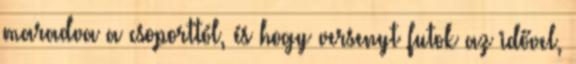
maradva a csoporttól, és hogy versenyt futok az idővel,